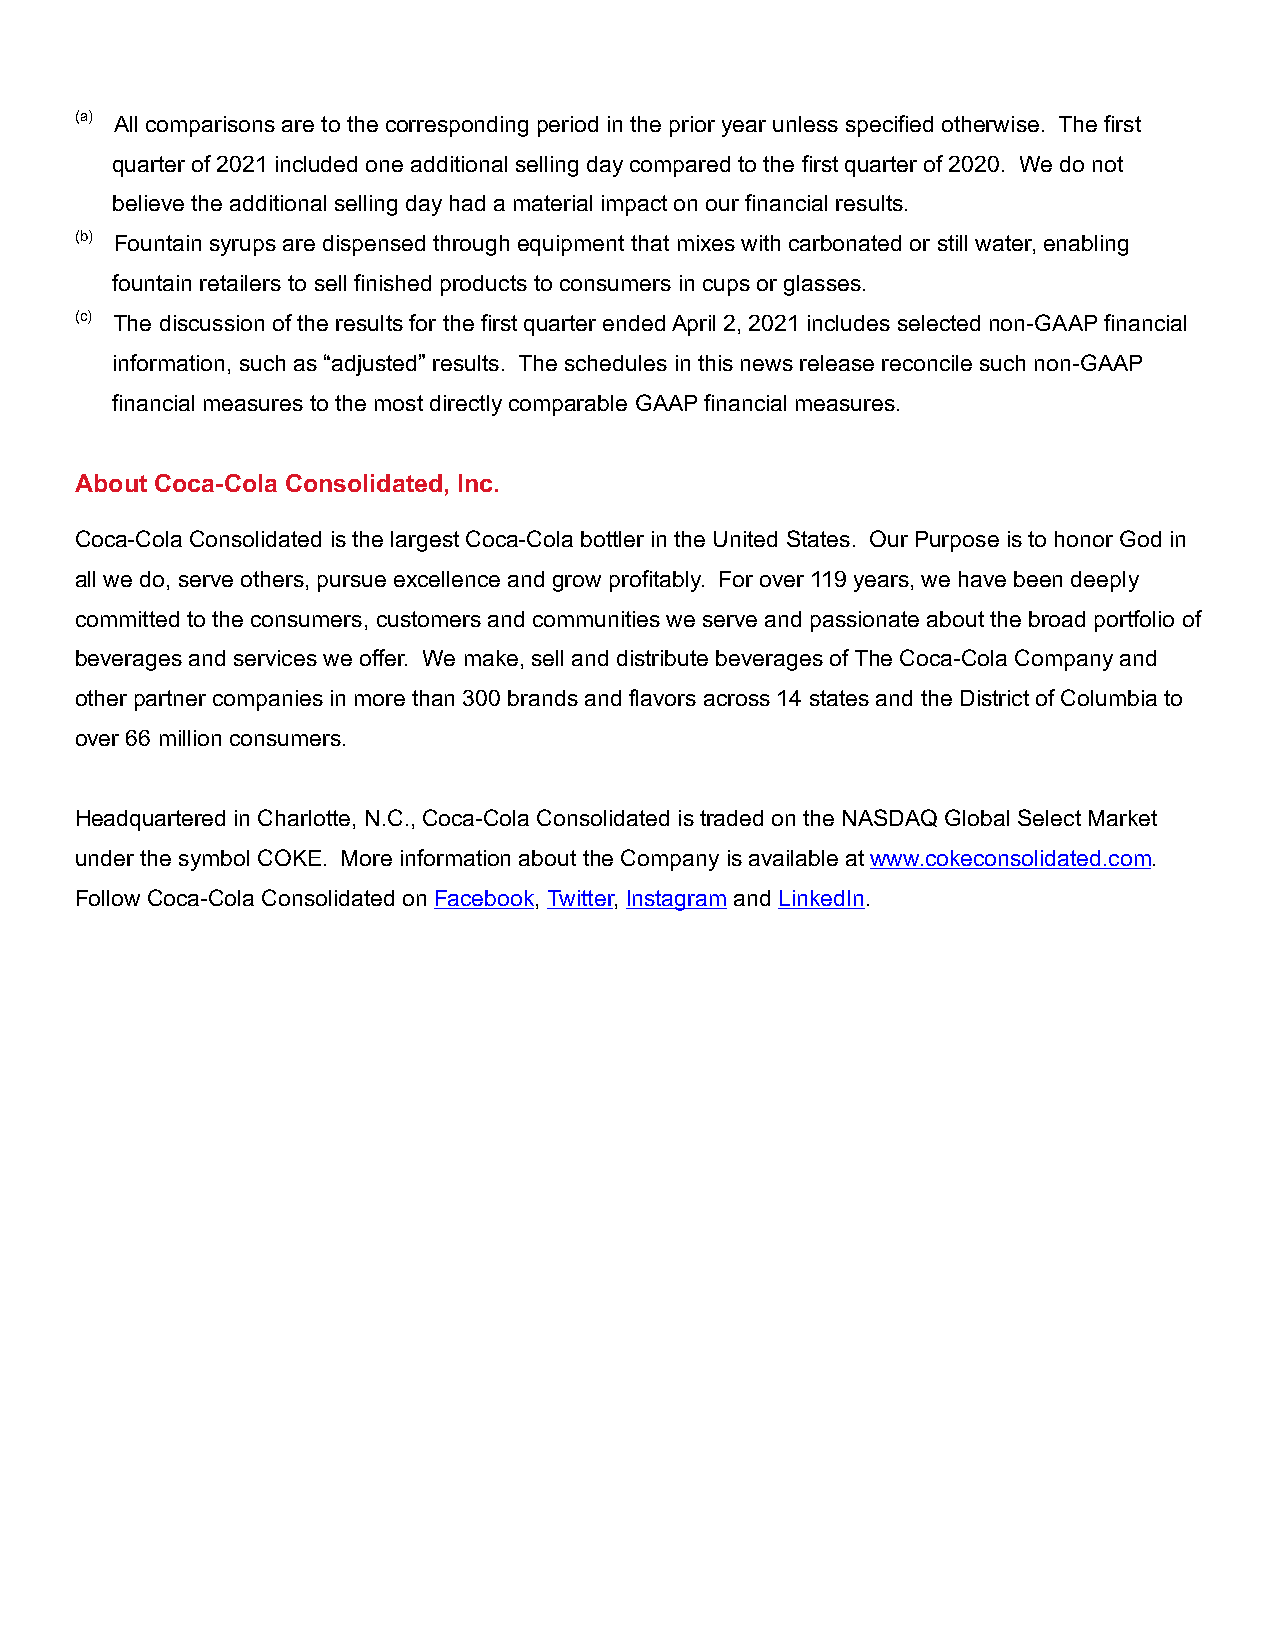
(a) All comparisons are to the corresponding period in the prior year unless specified otherwise. The first
 quarter of 2021 included one additional selling day compared to the first quarter of 2020. We do not
 believe the additional selling day had a material impact on our financial results.
 (b) Fountain syrups are dispensed through equipment that mixes with carbonated or still water, enabling
 fountain retailers to sell finished products to consumers in cups or glasses.
 (c) The discussion of the results for the first quarter ended April 2, 2021 includes selected non-GAAP financial
 information, such as “adjusted” results. The schedules in this news release reconcile such non-GAAP
 financial measures to the most directly comparable GAAP financial measures.
 About Coca-Cola Consolidated, Inc.
 Coca-Cola Consolidated is the largest Coca-Cola bottler in the United States. Our Purpose is to honor God in
 all we do, serve others, pursue excellence and grow profitably. For over 119 years, we have been deeply
 committed to the consumers, customers and communities we serve and passionate about the broad portfolio of
 beverages and services we offer. We make, sell and distribute beverages of The Coca-Cola Company and
 other partner companies in more than 300 brands and flavors across 14 states and the District of Columbia to
 over 66 million consumers.
 Headquartered in Charlotte, N.C., Coca-Cola Consolidated is traded on the NASDAQ Global Select Market
 under the symbol COKE. More information about the Company is available at www.cokeconsolidated.com.
 Follow Coca-Cola Consolidated on Facebook, Twitter, Instagram and LinkedIn.